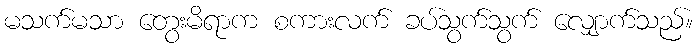
မသက်မသာ တွေးမိရာက စကားလက် ခပ်သွက်သွက် လျှောက်သည်။